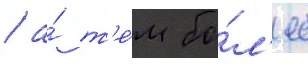
/ а́ т'е́м бо́л'ее